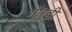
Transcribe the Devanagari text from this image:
गोरडी